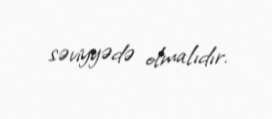
səviyyədə olmalıdır.